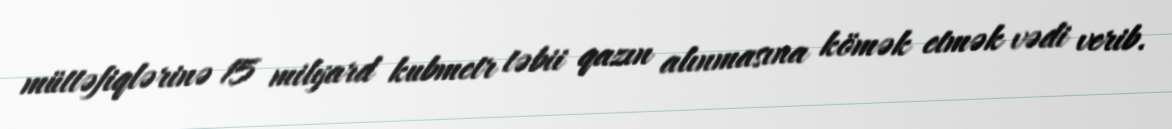
müttəfiqlərinə 15 milyard kubmetr təbii qazın alınmasına kömək etmək vədi verib.